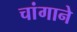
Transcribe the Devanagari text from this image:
चांगाने